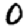
Digit: 0